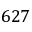
6 2 7